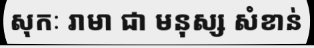
សុកៈ រាមា ជា មនុស្ស សំខាន់